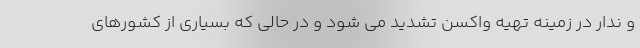
و ندار در زمینه تهیه واکسن تشدید می شود و در حالی که بسیاری از کشورهای